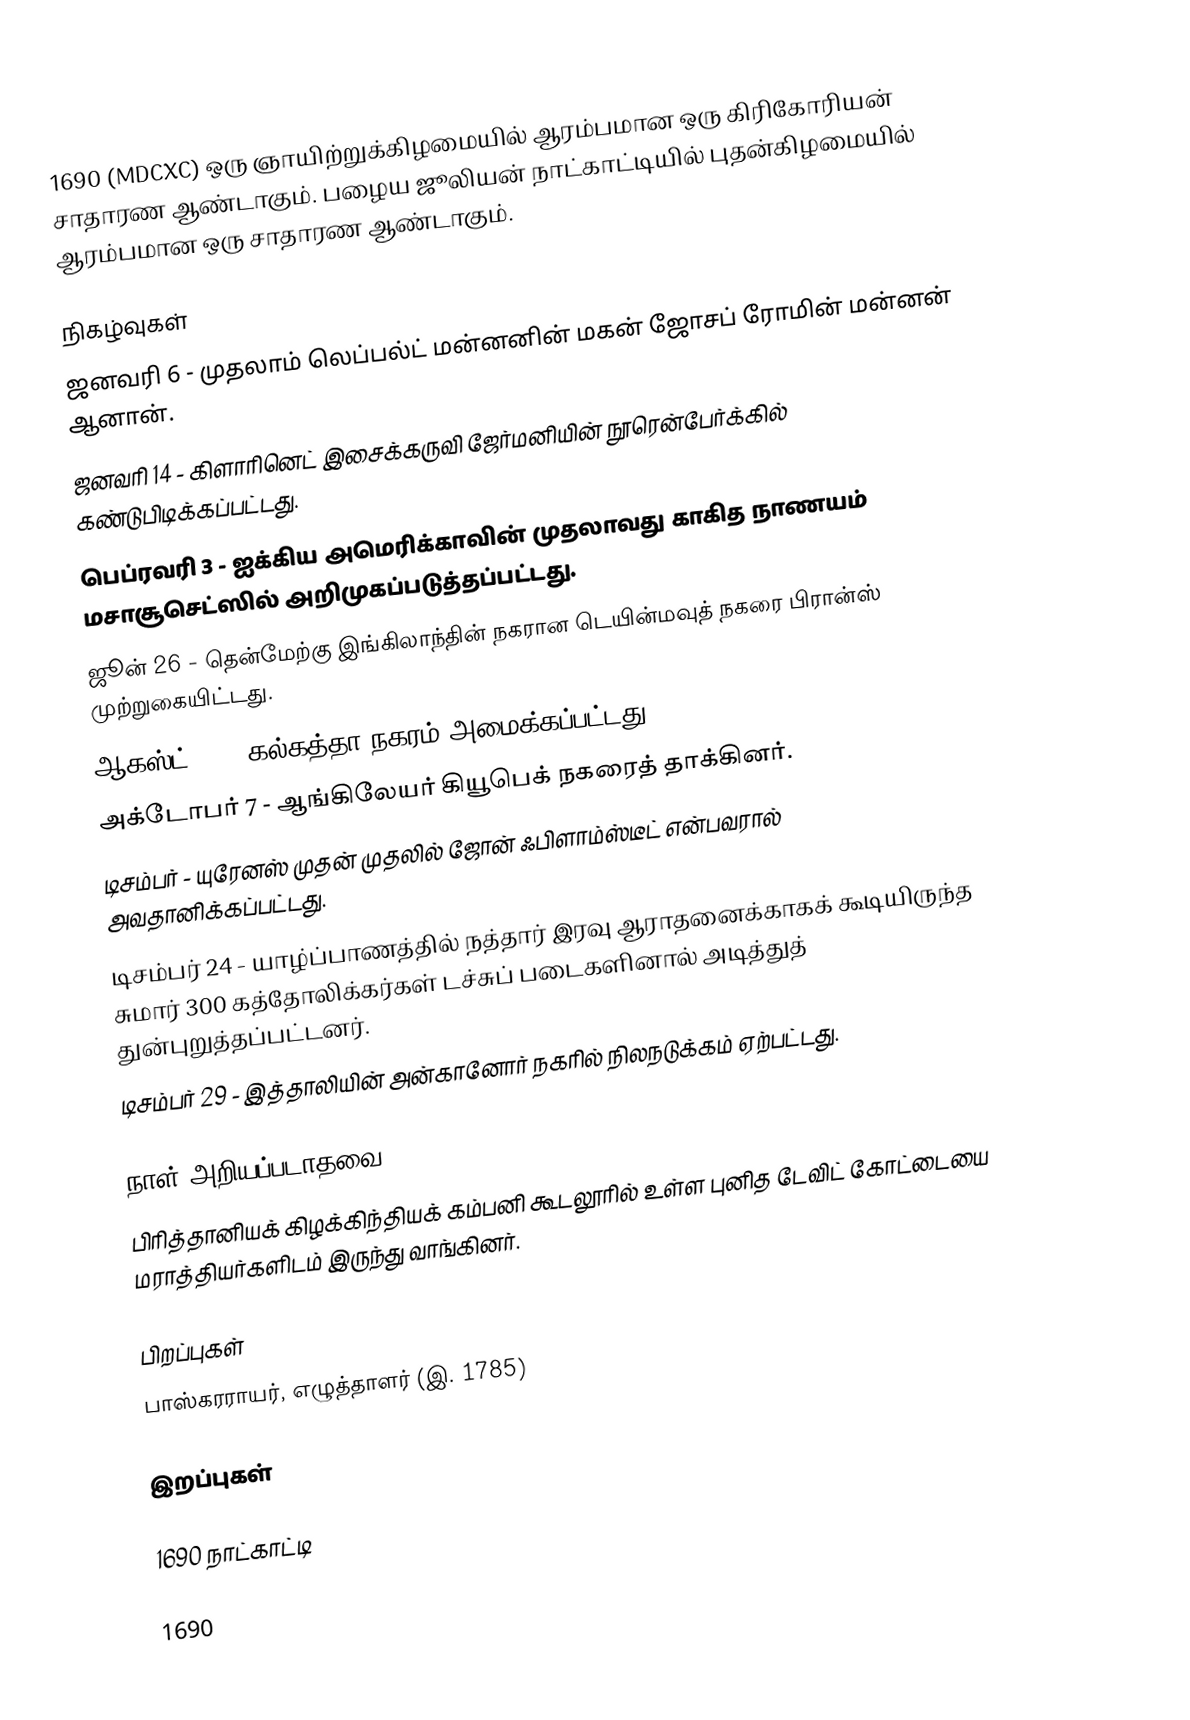
1690 (MDCXC) ஒரு ஞாயிற்றுக்கிழமையில் ஆரம்பமான ஒரு கிரிகோரியன் சாதாரண ஆண்டாகும். பழைய ஜூலியன் நாட்காட்டியில் புதன்கிழமையில் ஆரம்பமான ஒரு சாதாரண ஆண்டாகும்.

நிகழ்வுகள்
 ஜனவரி 6 - முதலாம் லெப்பல்ட் மன்னனின் மகன் ஜோசப் ரோமின் மன்னன் ஆனான்.
 ஜனவரி 14 - கிளாரினெட் இசைக்கருவி ஜேர்மனியின் நூரென்பேர்க்கில் கண்டுபிடிக்கப்பட்டது.
 பெப்ரவரி 3 - ஐக்கிய அமெரிக்காவின் முதலாவது காகித நாணயம் மசாசூசெட்ஸில் அறிமுகப்படுத்தப்பட்டது.
 ஜூன் 26 - தென்மேற்கு இங்கிலாந்தின் நகரான டெயின்மவுத் நகரை பிரான்ஸ் முற்றுகையிட்டது.
 ஆகஸ்ட் 24 - கல்கத்தா நகரம் அமைக்கப்பட்டது.
 அக்டோபர் 7 - ஆங்கிலேயர் கியூபெக் நகரைத் தாக்கினர்.
 டிசம்பர் - யுரேனஸ் முதன் முதலில் ஜோன் ஃபிளாம்ஸ்டீட் என்பவரால் அவதானிக்கப்பட்டது.
 டிசம்பர் 24 - யாழ்ப்பாணத்தில் நத்தார் இரவு ஆராதனைக்காகக் கூடியிருந்த சுமார் 300 கத்தோலிக்கர்கள் டச்சுப் படைகளினால் அடித்துத் துன்புறுத்தப்பட்டனர்.
 டிசம்பர் 29 - இத்தாலியின் அன்கானோர் நகரில் நிலநடுக்கம் ஏற்பட்டது.

நாள் அறியப்படாதவை
 பிரித்தானியக் கிழக்கிந்தியக் கம்பனி கூடலூரில் உள்ள புனித டேவிட் கோட்டையை மராத்தியர்களிடம் இருந்து வாங்கினர்.

பிறப்புகள்
 பாஸ்கரராயர், எழுத்தாளர் (இ. 1785)

இறப்புகள்

1690 நாட்காட்டி

1690